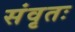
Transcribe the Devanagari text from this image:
संवृतः